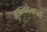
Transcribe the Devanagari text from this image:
भूतत्त्ववेत्ताओं